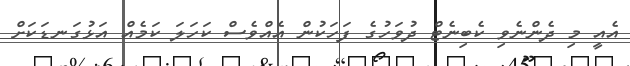
އެއީ މި ދެންނެވި ކެބިނެޓް ދުވަހުގެ ފަހަކުން އެއްވެސް ކަހަލަ ކަމެއް އަޅުގަނޑަކަށް